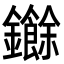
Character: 𮣧